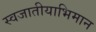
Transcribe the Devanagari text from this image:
स्वजातीयाभिमान